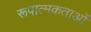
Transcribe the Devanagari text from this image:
रूपात्मकताओं